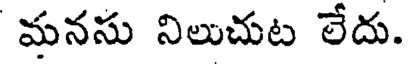
మనసు నిలుచుట లేదు.